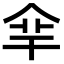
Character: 𠈾